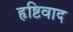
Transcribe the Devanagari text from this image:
हृष्टिवाद